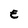
Character: E